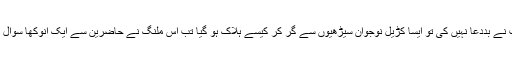
اسی دوران مجموعے میں سے کوئی پکاراٹھا اگر آپ نے بَددعا نہیں کی تو ایسا کڑیل نوجوان سیڑھیوں سے گِر کر کیسے ہلاک ہو گیا تب اس ملنگ نے حاضرین سے ایک انوکھا سوال کیا کہ کوئی اِس تمام واقعہ کا عینی گَواہ موجود ہے؟